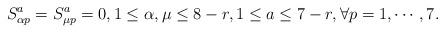
LaTeX: \begin{align*}S^a_{\alpha p}=S^a_{\mu p}=0, 1\leq\alpha,\mu\leq 8-r,1\leq a\leq 7-r,\forall p=1,\cdots,7.\end{align*}